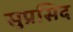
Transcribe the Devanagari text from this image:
सुप्रसिद